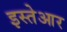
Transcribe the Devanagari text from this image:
इस्तेआर